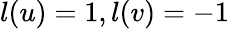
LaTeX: l(u)=1,l(v)=-1